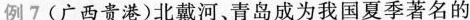
例7(广西贵港)北戴河、青岛成为我国夏季著名的